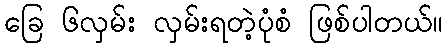
ခြေ ၆လှမ်း လှမ်းရတဲ့ပုံစံ ဖြစ်ပါတယ်။